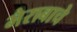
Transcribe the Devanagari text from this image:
भैराबाचे